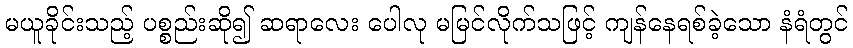
မယူခိုင်းသည့် ပစ္စည်းဆို၍ ဆရာလေး ပေါလု မမြင်လိုက်သဖြင့် ကျန်နေရစ်ခဲ့သော နံရံတွင်